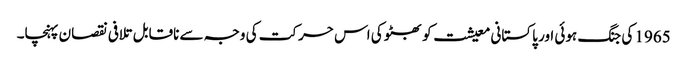
1965 کی جنگ ہوئی اور پاکستانی معیشت کو بھٹو کی اس حرکت کی وجہ سے ناقابل تلافی نقصان پہنچا۔